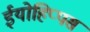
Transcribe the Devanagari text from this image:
ईयोहिप्पस